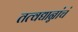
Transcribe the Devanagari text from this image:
तत्वद्यान्नांचं